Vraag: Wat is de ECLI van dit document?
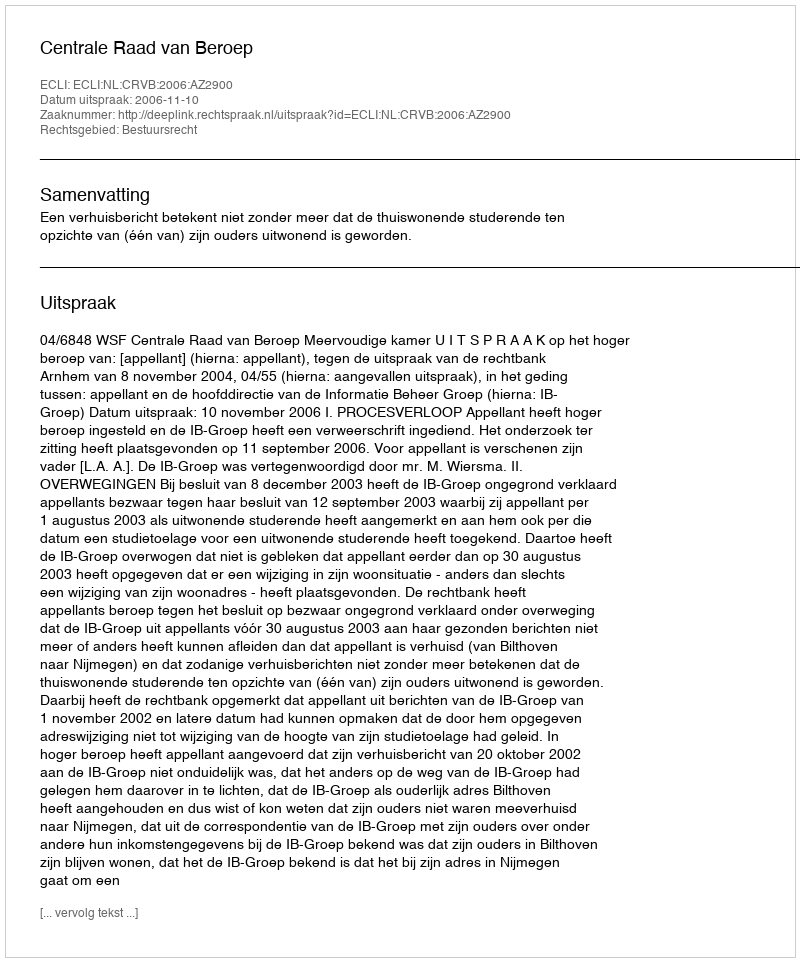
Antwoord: ECLI:NL:CRVB:2006:AZ2900